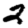
Digit: 2